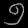
Digit: ၅